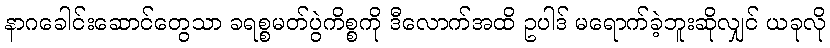
နာဂခေါင်းဆောင်တွေသာ ခရစ္စမတ်ပွဲကိစ္စကို ဒီလောက်အထိ ဥပါဒ် မရောက်ခဲ့ဘူးဆိုလျှင် ယခုလို